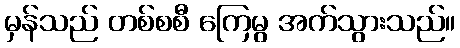
မှန်သည် တစ်စစီ ကြေမွ အက်သွားသည်။